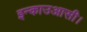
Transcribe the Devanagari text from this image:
इन्काउआसी।